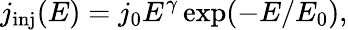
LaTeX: j_{\mathrm{inj}}(E)=j_{0}E^{\gamma}\exp(-E/E_{0}),